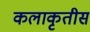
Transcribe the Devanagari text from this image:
कलाकृतीस